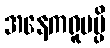
အနေကရူပမ္ပိ